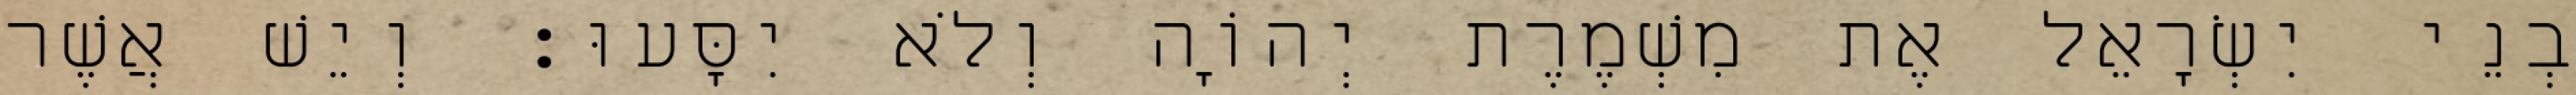
בְנֵי יִשְׂרָאֵל אֶת מִשְׁמֶרֶת יְהוָֹה וְלֹא יִסָּעוּ׃ וְיֵשׁ אֲשֶׁר